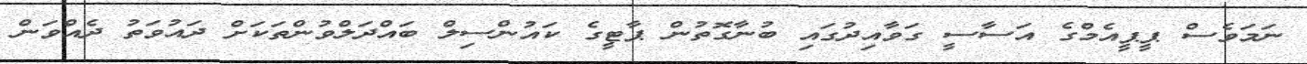
ނަމަވެސް ޕީޕީއެމްގެ އަސާސީ ގަވާއިދުގައި ބުނާގޮތުން ޕާޓީގެ ކައުންސިލް ބައްދަލްވުންތަކަށް ދައުވަތު ދެއްވަން